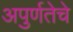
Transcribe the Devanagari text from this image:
अपुर्णतेचे